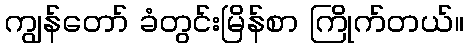
ကျွန်တော် ခံတွင်းမြိန်စာ ကြိုက်တယ်။